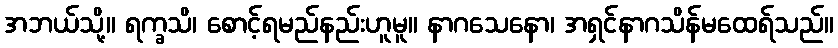
အဘယ်သို့။ ရက္ခသိ၊ စောင့်ရမည်နည်းဟူမူ။ နာဂသေနော၊ အရှင်နာဂသိန်မထေရ်သည်။